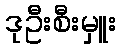
ဒုဦးစီးမှူး